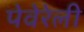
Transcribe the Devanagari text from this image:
पेवेरेली